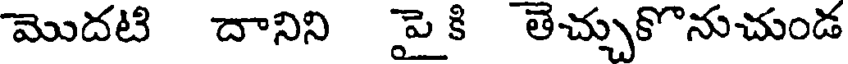
మొదటి దానిని పై కి తెచ్చుకొనుచుండ